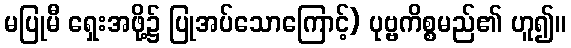
မပြုမီ ရှေးအဖို့၌ ပြုအပ်သောကြောင့်) ပုဗ္ဗကိစ္စမည်၏ ဟူ၍။